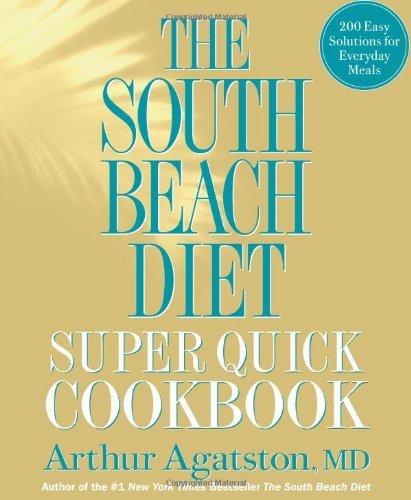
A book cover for Arthur Agatston MD'sThe South Beach Diet Super Quick Cookbook: 200 Easy Solutions for Everyday Meals [Hardcover](2010); Arthur Agatston; Health, Fitness & Dieting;